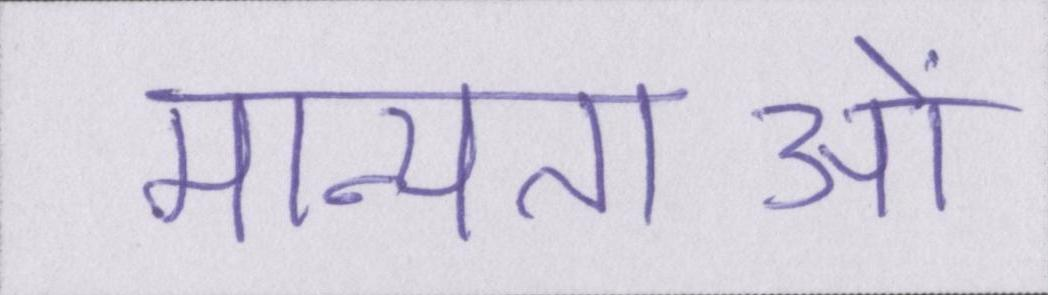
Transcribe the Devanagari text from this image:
मान्यताओं